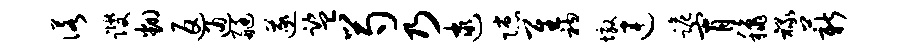
诺躞翻返通艇遂监芍乃逮隙隹衲墩连跪宵秋禄薪